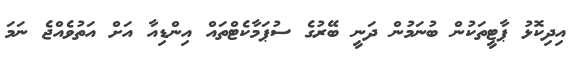
އިދިކޮޅު ޕާޓީތަކުން ބުނަމުން ދަނީ ބޭރުގެ ސުޕަމާކެޓްތައް އިންޑިއާ އަށް އަތުވެއްޖެ ނަމަ